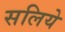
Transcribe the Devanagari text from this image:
सलिये